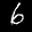
Label: 6